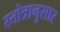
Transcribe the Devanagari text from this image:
स्तोत्रानुसार